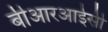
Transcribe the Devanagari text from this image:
बीआरआईसी